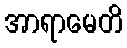
အာရာမေတိ